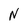
Character: N